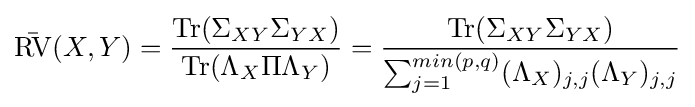
{\bar {\operatorname {RV} }}(X,Y)={\frac {\operatorname {Tr} (\Sigma _{XY}\Sigma _{YX})}{\operatorname {Tr} (\Lambda _{X}\Pi \Lambda _{Y})}}={\frac {\operatorname {Tr} (\Sigma _{XY}\Sigma _{YX})}{\sum _{j=1}^{min(p,q)}(\Lambda _{X})_{j,j}(\Lambda _{Y})_{j,j}}}